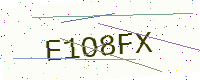
Text: E1O8FX